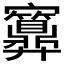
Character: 𱚜